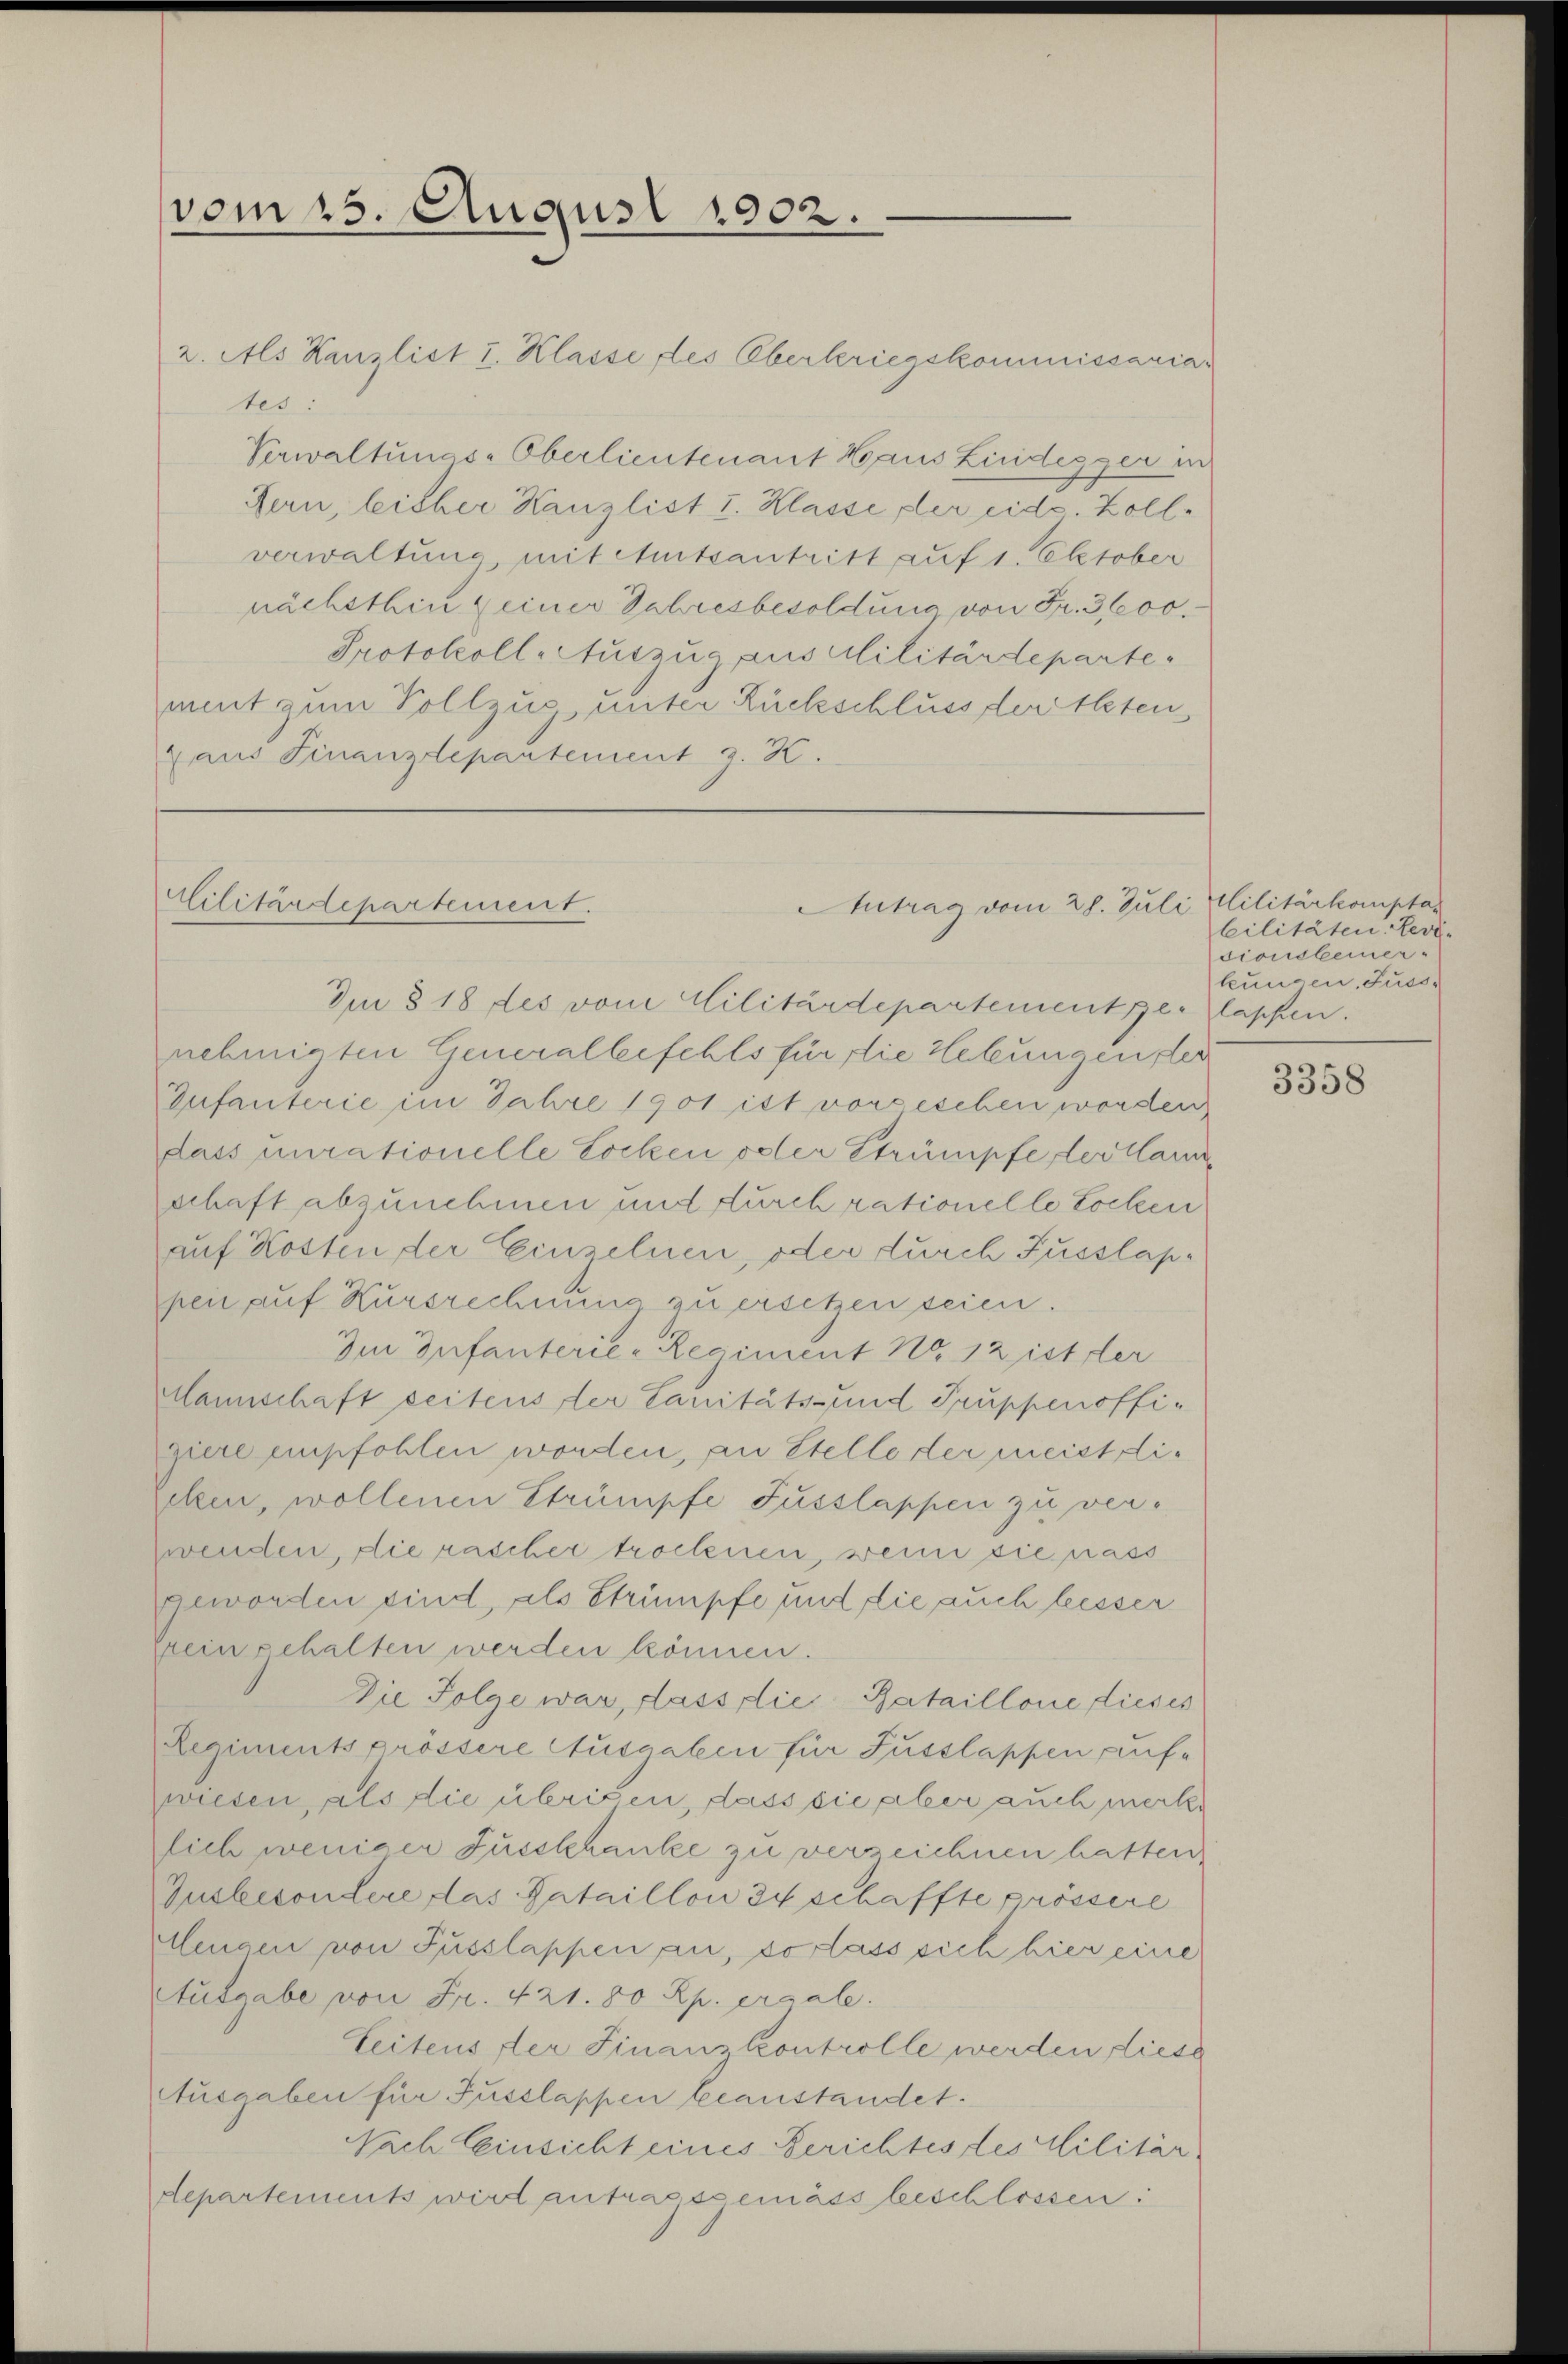
vom 25. August 1902.

2. Als Kanzlist I. Klasse des Oberkriegskommissariar
tes:
Verwaltungs-Oberlieutenant Haus Lindegger in
Fern, leicher Kanzlist I. Klasse der eide. Zollverwaltung mit Amtsantritt auf 1. Oktober
nächsthin einer Jahresbesoldung von Fr. 300.
Protokoll-Auszug aus Militärdepartement zum Vollzug unter Rückschluss der theten
aus Finanzdepartement z. K.

Militärdepartement.
Antrag vom 28. Juli

Im § 18 des vom Militärdepartement ge-
nehmigten Generalbefehls für die Hebungen der
Infanterie im Jahre 1901 ist vorgeschen worden
dass nurationelle Locken oder Strümpfe der klar
schaft abzunehmen und durch rationelle Locken
auf Kosten der Einzelnen, oder durch Fusslappen auf Kursrechnung zu ersetzen seien.
Im Infanterie-Regiment No. 12 ist der
Mannschaft seitens der Canitäts- und Truppenoffigiere empfohlen worden, an Stelle der meist die
eken, wollenen Strümpfe Fusslappen zu verzwenden, die rascher trockenen, wenn sie nass
ggeworden sind, als Strümpfe und die auch liesser
rein gehalten werden können.
Die Folge war, dass die Bataillone dieses
Regiments grössere Ausgaben für Fusslappen aufwiesen, als die übrigen, dass sie aber auch merke
sich weniger Zusskhanke zu verzeichnen hatten,
Gusbesondere das Bataillon zu schaffte grössere
lenam von Fusslappen an, so lass sich hier eine
Ausgabe von Fr. 421. 80 Rp. ergale.
Leitens der Finanzkontrolle werden diese
Ausgaben für Fusslappen beanstandet.
Nach Einsicht eines Berichtes des Militär
departements wird antragsgemäss beschlossen:

lilitärkomptabilitäten Levi-
sionsbemer-
bungen, Fuss-
lassen.

3358